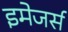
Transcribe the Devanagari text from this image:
इमेजर्स